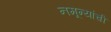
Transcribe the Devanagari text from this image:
नमून्यांची